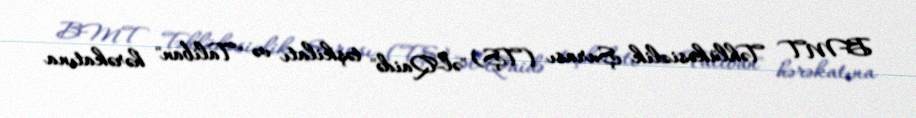
BMT Təhlükəsizlik Şurası (TŞ) "əl-Qaidə" təşkilatı və "Taliban" hərəkatına